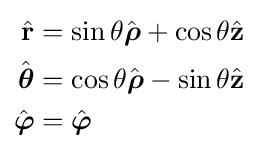
{\begin{aligned}{\hat {\mathbf {r} }}&=\sin \theta {\hat {\boldsymbol {\rho }}}+\cos \theta {\hat {\mathbf {z} }}\\{\hat {\boldsymbol {\theta }}}&=\cos \theta {\hat {\boldsymbol {\rho }}}-\sin \theta {\hat {\mathbf {z} }}\\{\hat {\boldsymbol {\varphi }}}&={\hat {\boldsymbol {\varphi }}}\end{aligned}}